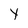
Character: Y